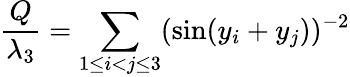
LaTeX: \frac{Q}{\lambda_{3}}=\sum_{1\le i<j\le 3}(\sin(y_{i}+y_{j}))^{-2}